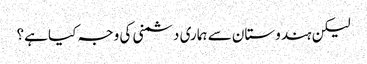
لیکن ہندوستان سے ہماری دشمنی کی وجہ کیا ہے؟